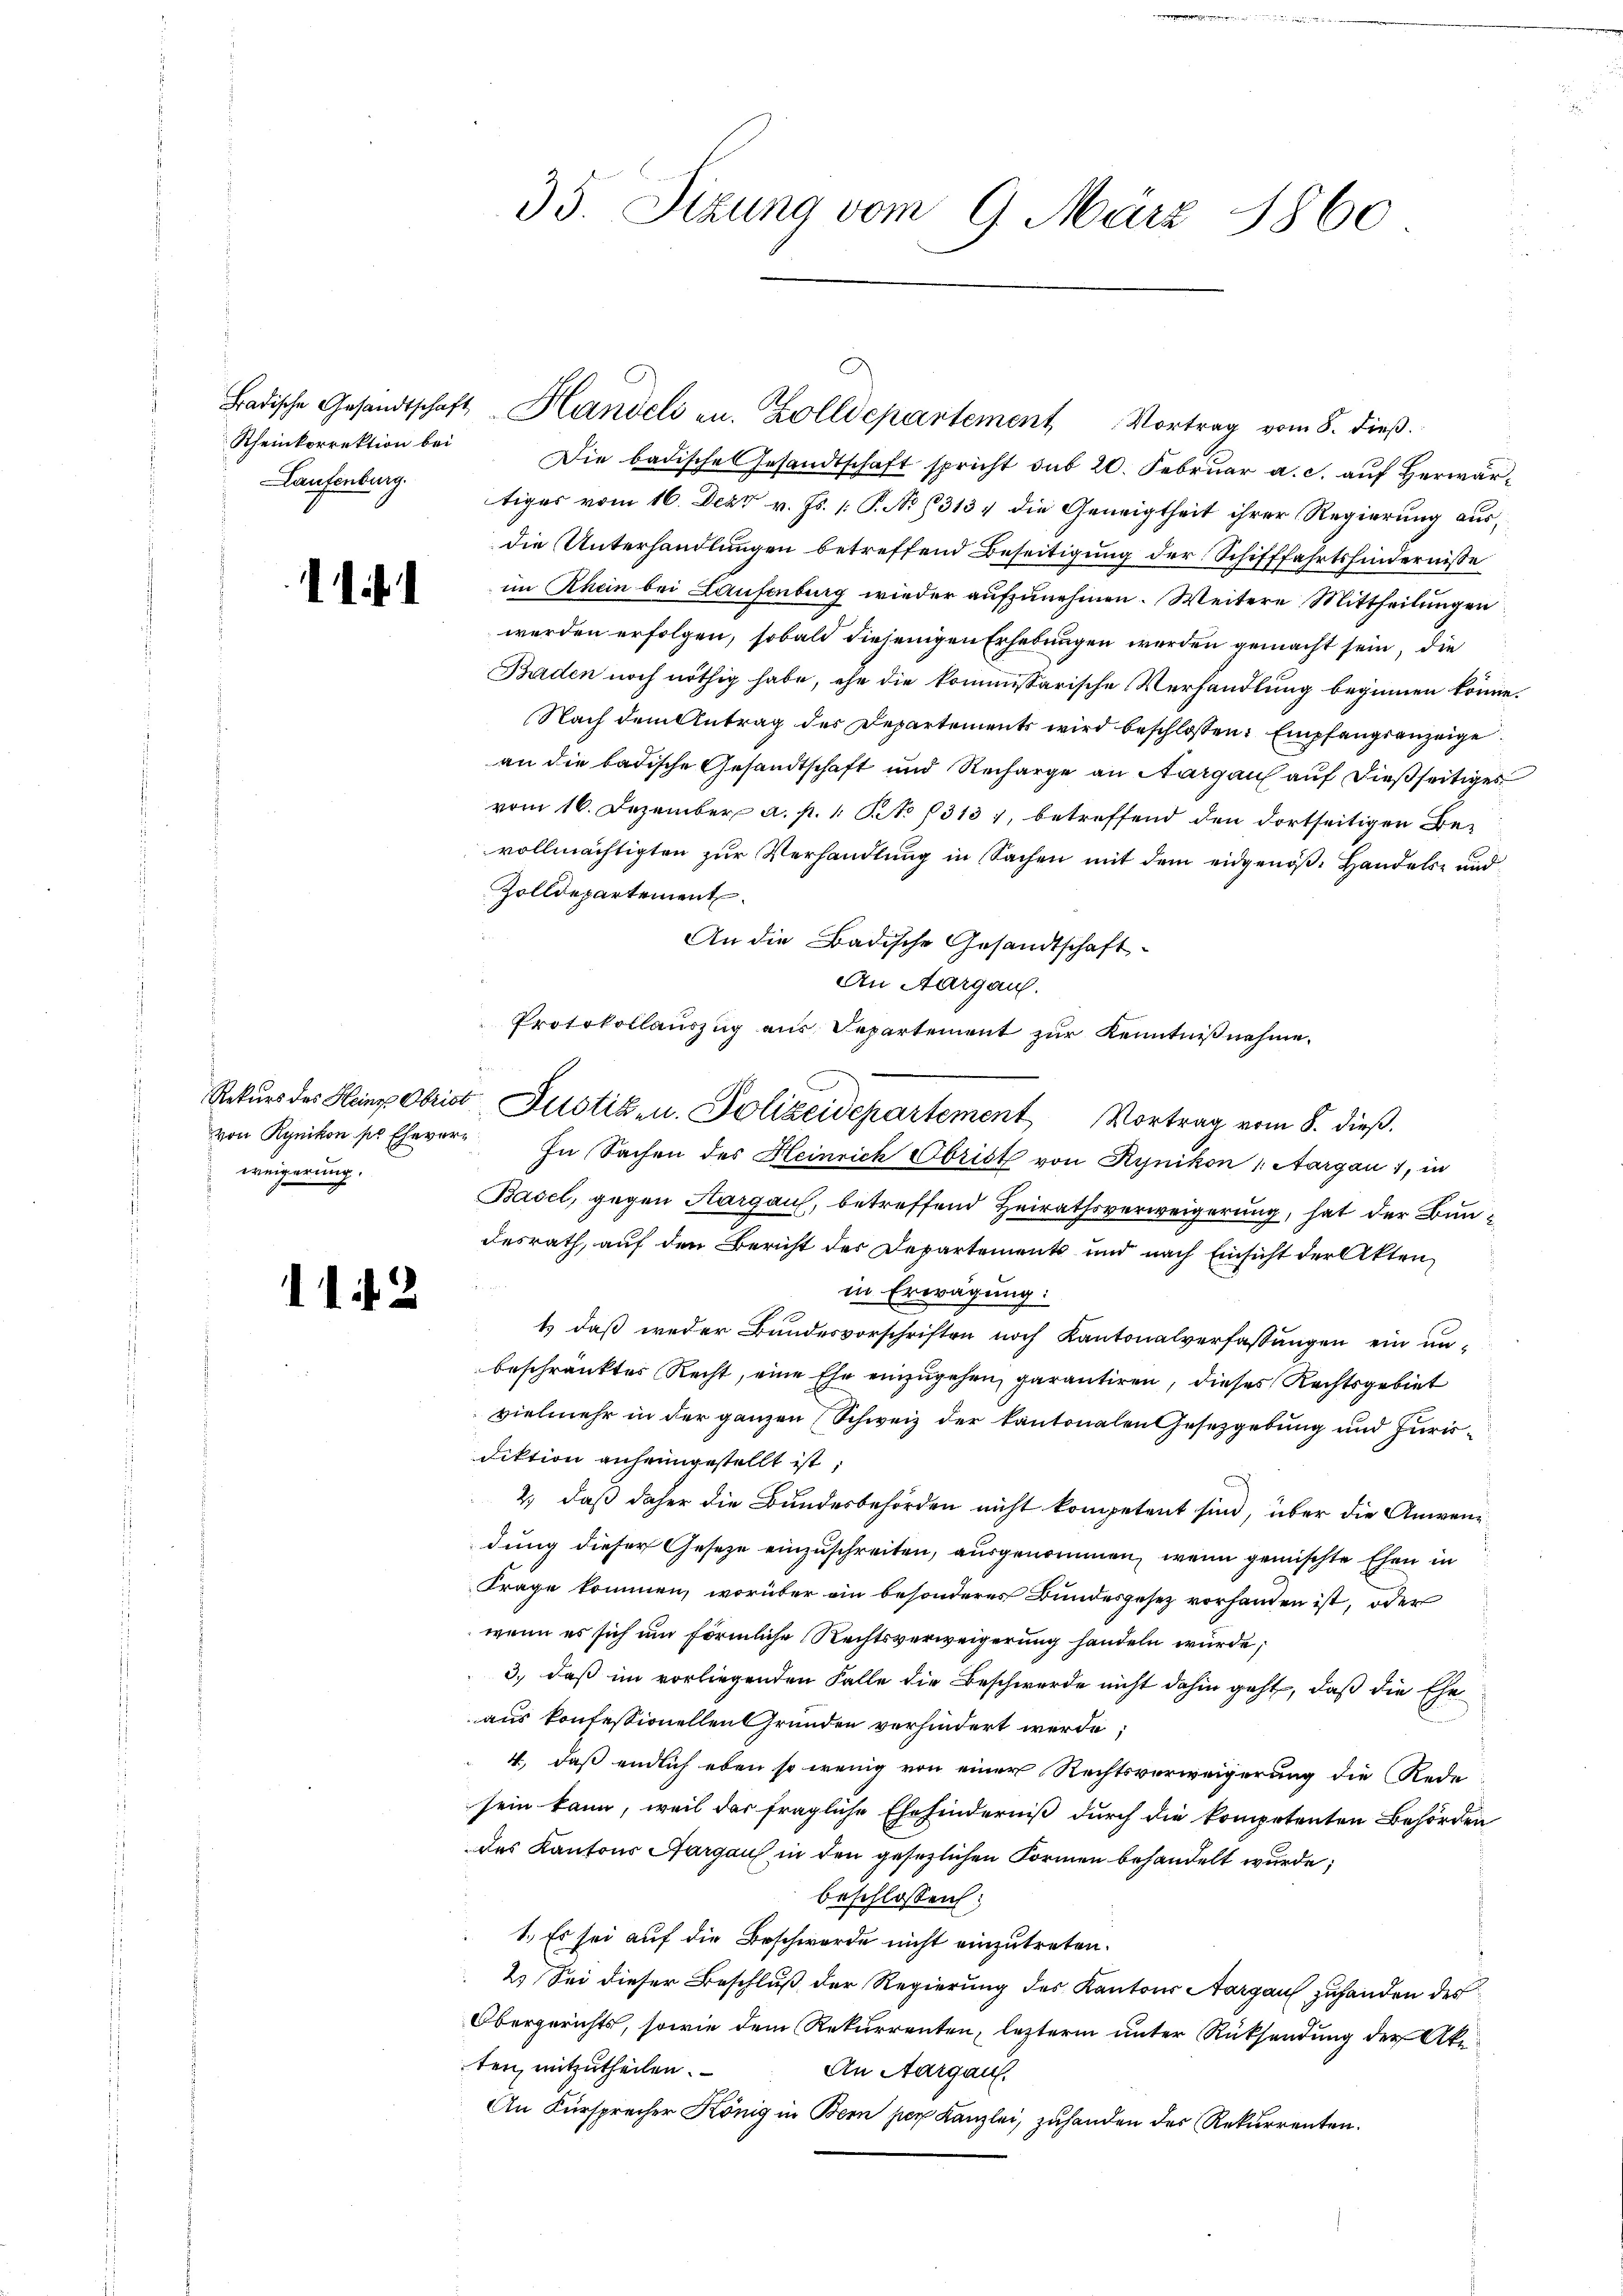
Laufenburg.

11

weigerung.

112

Rheinkorrektion bei Die badische Gesandtschaft spricht sub 20. Febrŭar a. c. aŭf herwärtiges vom 16. Dez. v. Js. [ P. No 1313, die Geneigtheit ihrer Regierung ausdie Unterhandlungen betreffend Beseitigung der Schifffahrtshindernisse
im Rhein bei Laufenburg wieder aufzunehmen. Weitere Mittheilungen
werden erfolgen, sobald diejenigen Erhebungen werden gemacht sein, die
Baden noch nöthig habe, ehe die kommissarische Verhandlung beginnen könne.
Nach dem Antrag des Departements wird beschlossen: Empfangsanzeige
an die badische Gesandtschaft und Recharge an Aargau auf dießseitiges
vom 16. Dezember a. p. 1. No 1313), betreffend den dortseitigen Bevollmächtigten zur Verhandlung in Sachen mit dem eidgenöße Handels- und
Zolldepartement.
An die Badische Gesandtschaft
An Aargau.
von Kynikon pr Ehever- In Sachen des Heinrich Obrist von Rynikon Aargau 1, in
Basel, gegen Hargau, betreffend Heirathsverweigerung, hat der Bundesrath, auf den Bericht des Departements und nach Einsicht der Akten
in Erwägung:
1) daß weder Bundesvorschriften noch Kantonalverfassungen ein unbeschränktes Recht, eine Ehe einzugehen, garantiren, dieses Rechtsgebiet
vielmehr in der ganzen Schweiz der kantonalen Gesetzgebung und Jurisdiktion anheimgestellt ist,
2.) daß daher die Bundesbehörden nicht kompetent sind, über die Anwendung dieser Gesetze einzuschreiten, ausgenommen, wenn gemischte Ehen in
Frage kommen, worüber ein besonderes Bundesgesez vorhanden ist, oder
wenn es sich um förmliche Rechtsverweigerung handeln würde;
3., daß im vorliegenden Falle die Beschwerde nicht dahin geht, daß die Ehe-
aus konfessionellen Gründen verhindert werde;
4, daß endlich eben so wenig von einer Rechtsverweigerung die Rede
sein kann, weil das fragliche Ehehinderniß durch die kompetenten Behörden
des Kantons Aargau in den gesezlichen Formen behandelt wurde;
beschlossen:
1. Es sei auf die Beschwerde nicht einzutreten.
2.) Sei dieser Beschluß der Regierung des Kantons Aargau zuhanden des
Obergerichts, sowie dem Rekurrenten, lezterm unter Rücksendung der Ake
ten, mitzutheilen.
An Aargau.
An Fürsprecher König in Bern per Kanzlei, zuhanden des Rekurrenten.

35. Sizung vom 9. März 1860

Badische Gesandtschaft Handeli en. Zolldepartement Vortrag vom 8. dieβ.

Protokollauszug aus Departement zur Kenntnißnahme.
Rekŭrs des Heine Obrist Zustiz- u. Polizeidepartement Vortrag vom 8. dieβ.